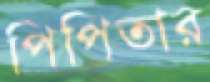
পিপিতার